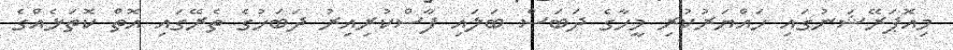
މިއޮޕަރޭޝަނުގައި ހައްޔަރުކުރި މީހާގެ ދަބަސް ބަލައި ފާސްކުރިއިރު ދަބަހުގެ ތެރޭގައި އޮތް ކޮތަޅެއްގެ